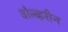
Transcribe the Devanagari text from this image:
वोल्व्हरीन